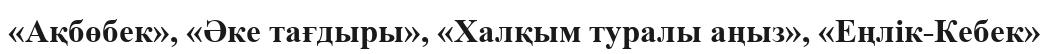
«Ақбөбек», «Әке тағдыры», «Халқым туралы аңыз», «Еңлік-Кебек»